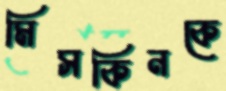
মিসকিনকে